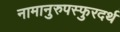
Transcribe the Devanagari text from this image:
नामानुरुपस्फुरदर्थ